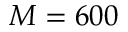
M = 6 0 0